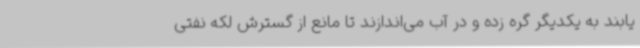
‌یابند به یکدیگر گره زده و در آب می‌اندازند تا مانع از گسترش لکه نفتی